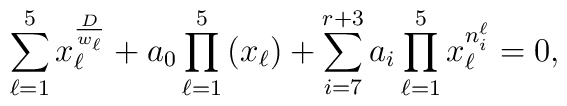
\sum_{\ell =1}^{5}x_{\ell }^{\frac{D}{w _{\ell }}}+a_0\prod_{\ell  =1}^{5}\left( x_\ell\right)+  \sum_{i =7}^{r+3}a_i\prod_{\ell  =1}^{5}x_\ell^{n^\ell_i}=0,